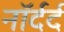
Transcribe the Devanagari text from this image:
नॉर्दर्द